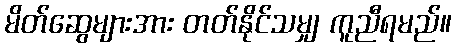
မိတ်ဆွေများအား တတ်နိုင်သမျှ ကူညီရမည်။